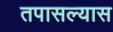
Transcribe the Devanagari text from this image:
तपासल्यास